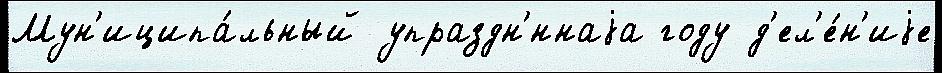
Мун'иципа́льный упраздн'́ннаjа году д'ел'е́н'иjе